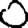
Digit: 0